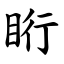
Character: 䀪